Vaccine operations Central Provinces & Berar 1912-1920 - 1912-1920
Year: 1912
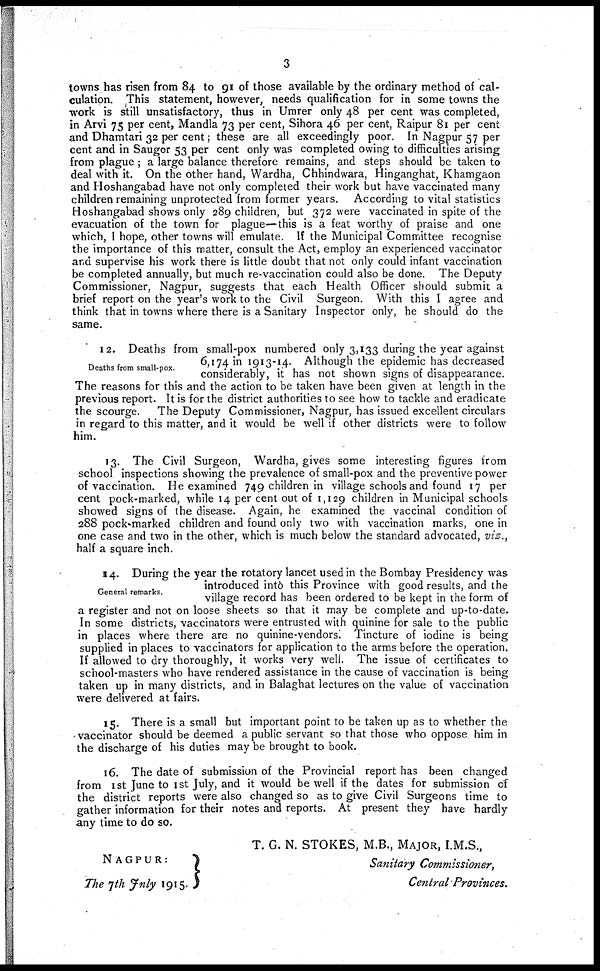
3
towns has risen from 84 to 91 of those available by the ordinary method of cal-
culation. This statement, however, needs qualification for in some towns the
work is still unsatisfactory, thus in Umrer only 48 per cent was completed,
in Arvi 75 per cent, Mandla 73 per cent, Sihora 46 per cent, Raipur 81 per cent
and Dhamtari 32 per cent; these are all exceedingly poor. In Nagpur 57 per
cent and in Saugor 53 per cent only was completed owing to difficulties arising
from plague ; a large balance therefore remains, and steps should be taken to
deal with it. On the other hand, Wardha, Chhindwara, Hinganghat, Khamgaon
and Hoshangabad have not only completed their work but have vaccinated many
children remaining unprotected from former years. According to vital statistics
Hoshangabad shows only 289 children, but 372 were vaccinated in spite of the
evacuation of the town for plague—this is a feat worthy of praise and one
which, I hope, other towns will emulate. If the Municipal Committee recognise
the importance of this matter, consult the Act, employ an experienced vaccinator
and supervise his work there is little doubt that not only could infant vaccination
be completed annually, but much re-vaccination could also be done. The Deputy
Commissioner, Nagpur, suggests that each Health Officer should submit a
brief report on the year's work to the Civil Surgeon. With this I agree and
think that in towns where there is a Sanitary Inspector only, he should do the
same.
Deaths from small-pox.
12. Deaths from small-pox numbered only 3,133 during the year against
6,174 in 1913-14. Although the epidemic has decreased
considerably, it has not shown signs of disappearance.
The reasons for this and the action to be taken have been given at length in the
previous report. It is for the district authorities to see how to tackle and eradicate
the scourge. The Deputy Commissioner, Nagpur, has issued excellent circulars
in regard to this matter, and it would be well if other districts were to follow
him.
13. The Civil Surgeon, Wardha, gives some interesting figures from
school inspections showing the prevalence of small-pox and the preventive power
of vaccination. He examined 749 children in village schools and found 17 per
cent pock-marked, while 14 per cent out of 1,129 children in Municipal schools
showed signs of the disease. Again, he examined the vaccinal condition of
288 pock-marked children and found only two with vaccination marks, one in
one case and two in the other, which is much below the standard advocated, viz.,
half a square inch.
General remarks.
4. During the year the rotatory lancet used in the Bombay Presidency was
introduced into this Province with good results, and the
village record has been ordered to be kept in the form of
a register and not on loose sheets so that it may be complete and up-to-date.
In some districts, vaccinators were entrusted with quinine for sale to the public
in places where there are no quinine-vendors. Tincture of iodine is being
supplied in places to vaccinators for application to the arms before the operation.
If allowed to dry thoroughly, it works very well. The issue of certificates to
school-masters who have rendered assistance in the cause of vaccination is being
taken up in many districts, and in Balaghat lectures on the value of vaccination
were delivered at fairs.
15. There is a small but important point to be taken up as to whether the
vaccinator should be deemed a public servant so that those who oppose. him in
the discharge of his duties may be brought to book.
16. The date of submission of the Provincial report has been changed
from 1 st June to 1st July, and it would be well if the dates for submission of
the district reports were also changed so as to give Civil Surgeons time to
gather information for their notes and reports. At present they have hardly
any time to do so.
T. G. N. STOKES, M.B., MAJOR, I.M.S.,
Sanitary Commissioner,
Central Provinces.
NAGPUR:
The 7th July 1915.